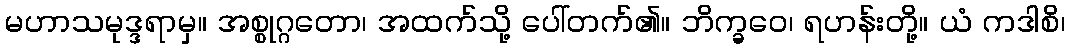
မဟာသမုဒ္ဒရာမှ။ အစ္စုဂ္ဂတော၊ အထက်သို့ ပေါ်တက်၏။ ဘိက္ခဝေ၊ ရဟန်းတို့။ ယံ ကဒါစိ၊